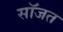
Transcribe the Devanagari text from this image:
सॉजत